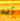
ألد